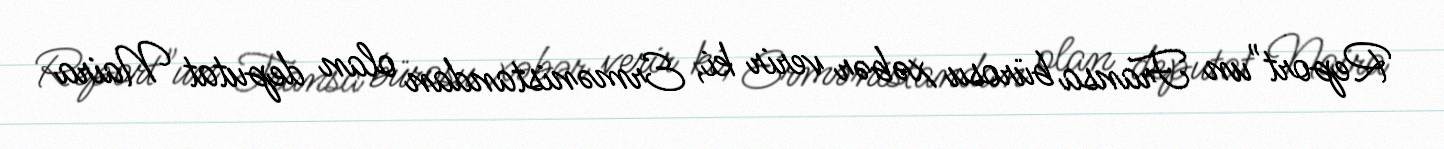
Report"un Fransa bürosu xəbər verir ki, Ermənistandan olan deputat Naira